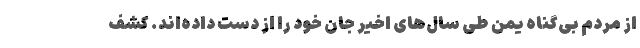
از مردم بی‌گناه یمن طی سال‌های اخیر جان خود را از دست داده‌اند. کشف